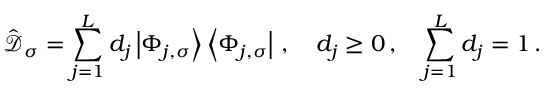
\hat { \mathcal { D } } _ { \sigma } = \sum _ { j = 1 } ^ { L } d _ { j } \left| \boldsymbol { \Phi } _ { j , \sigma } \right> \left< \boldsymbol { \Phi } _ { j , \sigma } \right| \, , \quad d _ { j } \geq 0 \, , \quad \sum _ { j = 1 } ^ { L } d _ { j } = 1 \, .